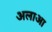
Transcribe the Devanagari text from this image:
अलाआ